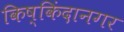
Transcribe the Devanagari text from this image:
किष्किंदानगर